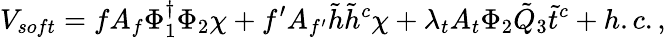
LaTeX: V_{soft}=fA_{f}\Phi_{1}^{\dagger}\Phi_{2}\chi+f^{\prime}A_{f^{\prime}}\tilde{h}\tilde{h}^{c}\chi+\lambda_{t}A_{t}\Phi_{2}\tilde{Q}_{3}\tilde{t}^{c}+h.c.,